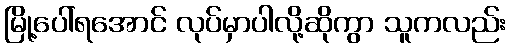
မြို့ပေါ်ရအောင် လုပ်မှာပါလို့ဆိုကွာ သူကလည်း